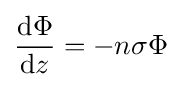
{\frac {\mathrm {d} \Phi }{\mathrm {d} z}}=-n\sigma \Phi